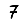
Digit: 7